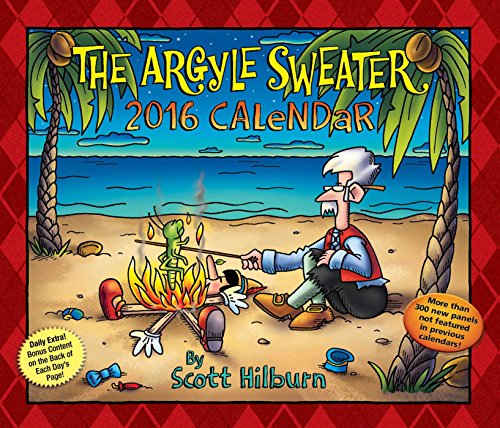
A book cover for The Argyle Sweater 2016 Day-to-Day Calendar; Scott Hilburn; Calendars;